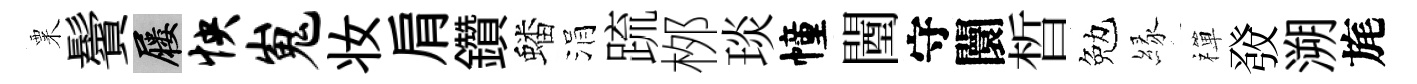
粟鬢屨怏嵬妆肩鑽蟠涓䟽桞琰幢闉守闤晳勉縁禪𤼲溯旄